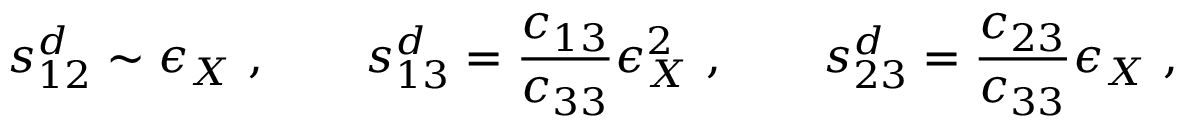
s _ { 1 2 } ^ { d } \sim \epsilon _ { X } ~ , ~ ~ ~ ~ ~ ~ s _ { 1 3 } ^ { d } = \frac { c _ { 1 3 } } { c _ { 3 3 } } \epsilon _ { X } ^ { 2 } ~ , ~ ~ ~ ~ ~ ~ s _ { 2 3 } ^ { d } = \frac { c _ { 2 3 } } { c _ { 3 3 } } \epsilon _ { X } ~ ,